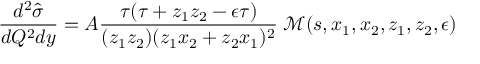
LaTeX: \frac { d ^ { 2 } \hat { \sigma } } { d Q ^ { 2 } d y } = A \frac { \tau ( \tau + z _ { 1 } z _ { 2 } - \epsilon \tau ) } { ( z _ { 1 } z _ { 2 } ) ( z _ { 1 } x _ { 2 } + z _ { 2 } x _ { 1 } ) ^ { 2 } } \; { \mathcal { M } } ( s , x _ { 1 } , x _ { 2 } , z _ { 1 } , z _ { 2 } , \epsilon )